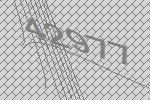
42977